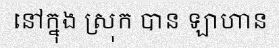
នៅក្នុង ស្រុក បាន ឡាហាន